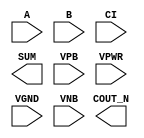
module sky130_fd_sc_hd__fahcon (
    //# {{data|Data Signals}}
    input  A     ,
    input  B     ,
    input  CI    ,
    output COUT_N,
    output SUM   ,

    //# {{power|Power}}
    input  VPB   ,
    input  VPWR  ,
    input  VGND  ,
    input  VNB
);
endmodule